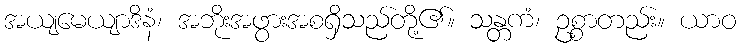
အယျမေယျာဒိနံ၊ အဘိုးအဖွားအစရှိသည်တို့၏။ သန္တကံ၊ ဥစ္စာတည်း။ ယာဝ